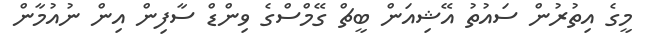
މީގެ އިތުރުން ސައުތު އޭޝިއަން ބީޗް ގޭމްސްގެ ވިންޑް ސާފިން އިން ނުއުމާން